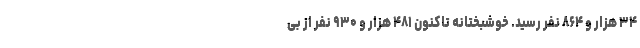
۳۴ هزار و ۸۶۴ نفر رسید. خوشبختانه تاکنون ۴۸۱ هزار و ۹۳۰ نفر از بی